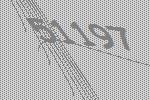
51197